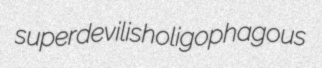
superdevilish oligophagous